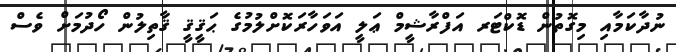
ނުދާކަމާއި މިގޮތުން ޑޮކްޓަރ އަފްރާޝީމް ޢަލީ އަވަހާރަކޮށްލުމުގެ ޙަޤީޤީ ޤާތިލުން ހޯދުމަށް ވެސް